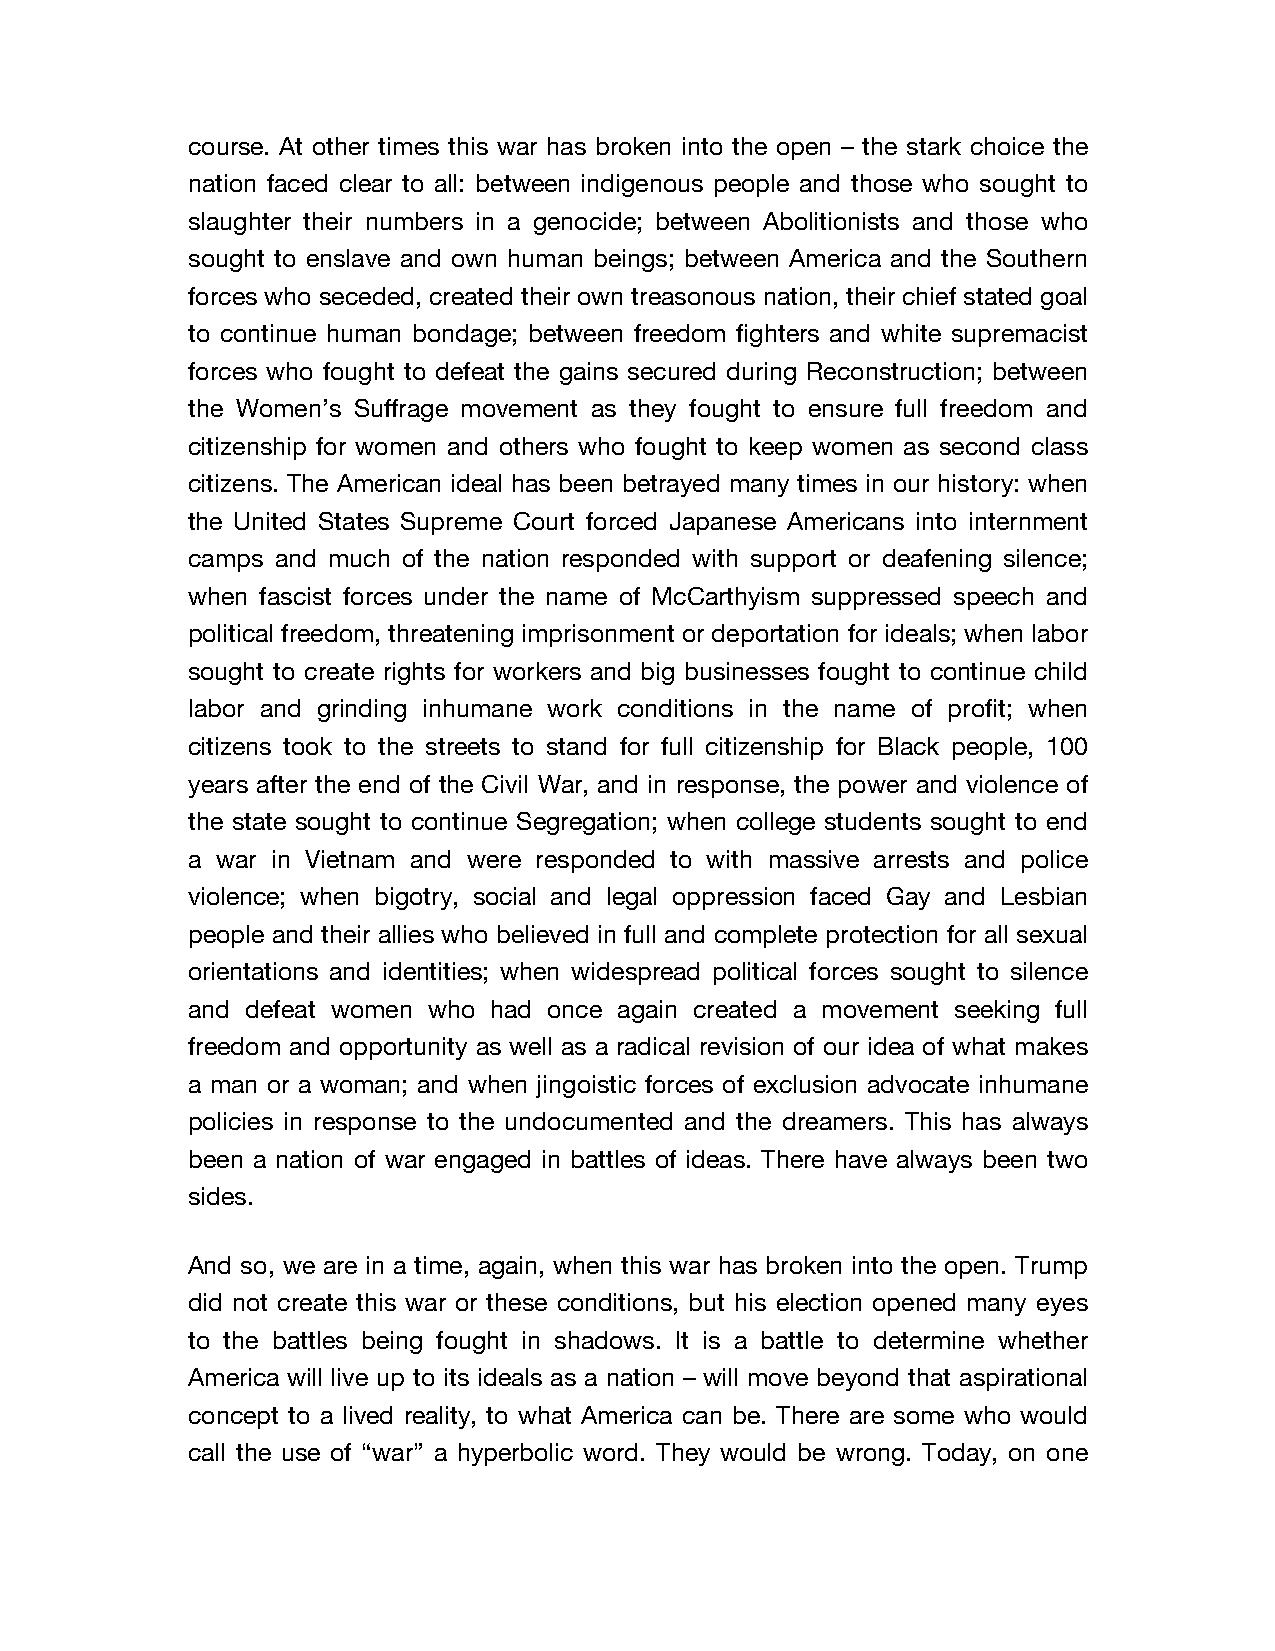
course. At other times this war has broken into the open – the stark choice the
 nation faced clear to all: between indigenous people and those who sought to
 slaughter their numbers in a genocide; between Abolitionists and those who
 sought to enslave and own human beings; between America and the Southern
 forces who seceded, created their own treasonous nation, their chief stated goal
 to continue human bondage; between freedom fighters and white supremacist
 forces who fought to defeat the gains secured during Reconstruction; between
 the Women’s Suffrage movement as they fought to ensure full freedom and
 citizenship for women and others who fought to keep women as second class
 citizens. The American ideal has been betrayed many times in our history: when
 the United States Supreme Court forced Japanese Americans into internment
 camps and much of the nation responded with support or deafening silence;
 when fascist forces under the name of McCarthyism suppressed speech and
 political freedom, threatening imprisonment or deportation for ideals; when labor
 sought to create rights for workers and big businesses fought to continue child
 labor and grinding inhumane work conditions in the name of profit; when
 citizens took to the streets to stand for full citizenship for Black people, 100
 years after the end of the Civil War, and in response, the power and violence of
 the state sought to continue Segregation; when college students sought to end
 a war in Vietnam and were responded to with massive arrests and police
 violence; when bigotry, social and legal oppression faced Gay and Lesbian
 people and their allies who believed in full and complete protection for all sexual
 orientations and identities; when widespread political forces sought to silence
 and defeat women who had once again created a movement seeking full
 freedom and opportunity as well as a radical revision of our idea of what makes
 a man or a woman; and when jingoistic forces of exclusion advocate inhumane
 policies in response to the undocumented and the dreamers. This has always
 been a nation of war engaged in battles of ideas. There have always been two
 sides.
 And so, we are in a time, again, when this war has broken into the open. Trump
 did not create this war or these conditions, but his election opened many eyes
 to the battles being fought in shadows. It is a battle to determine whether
 America will live up to its ideals as a nation – will move beyond that aspirational
 concept to a lived reality, to what America can be. There are some who would
 call the use of “war” a hyperbolic word. They would be wrong. Today, on one